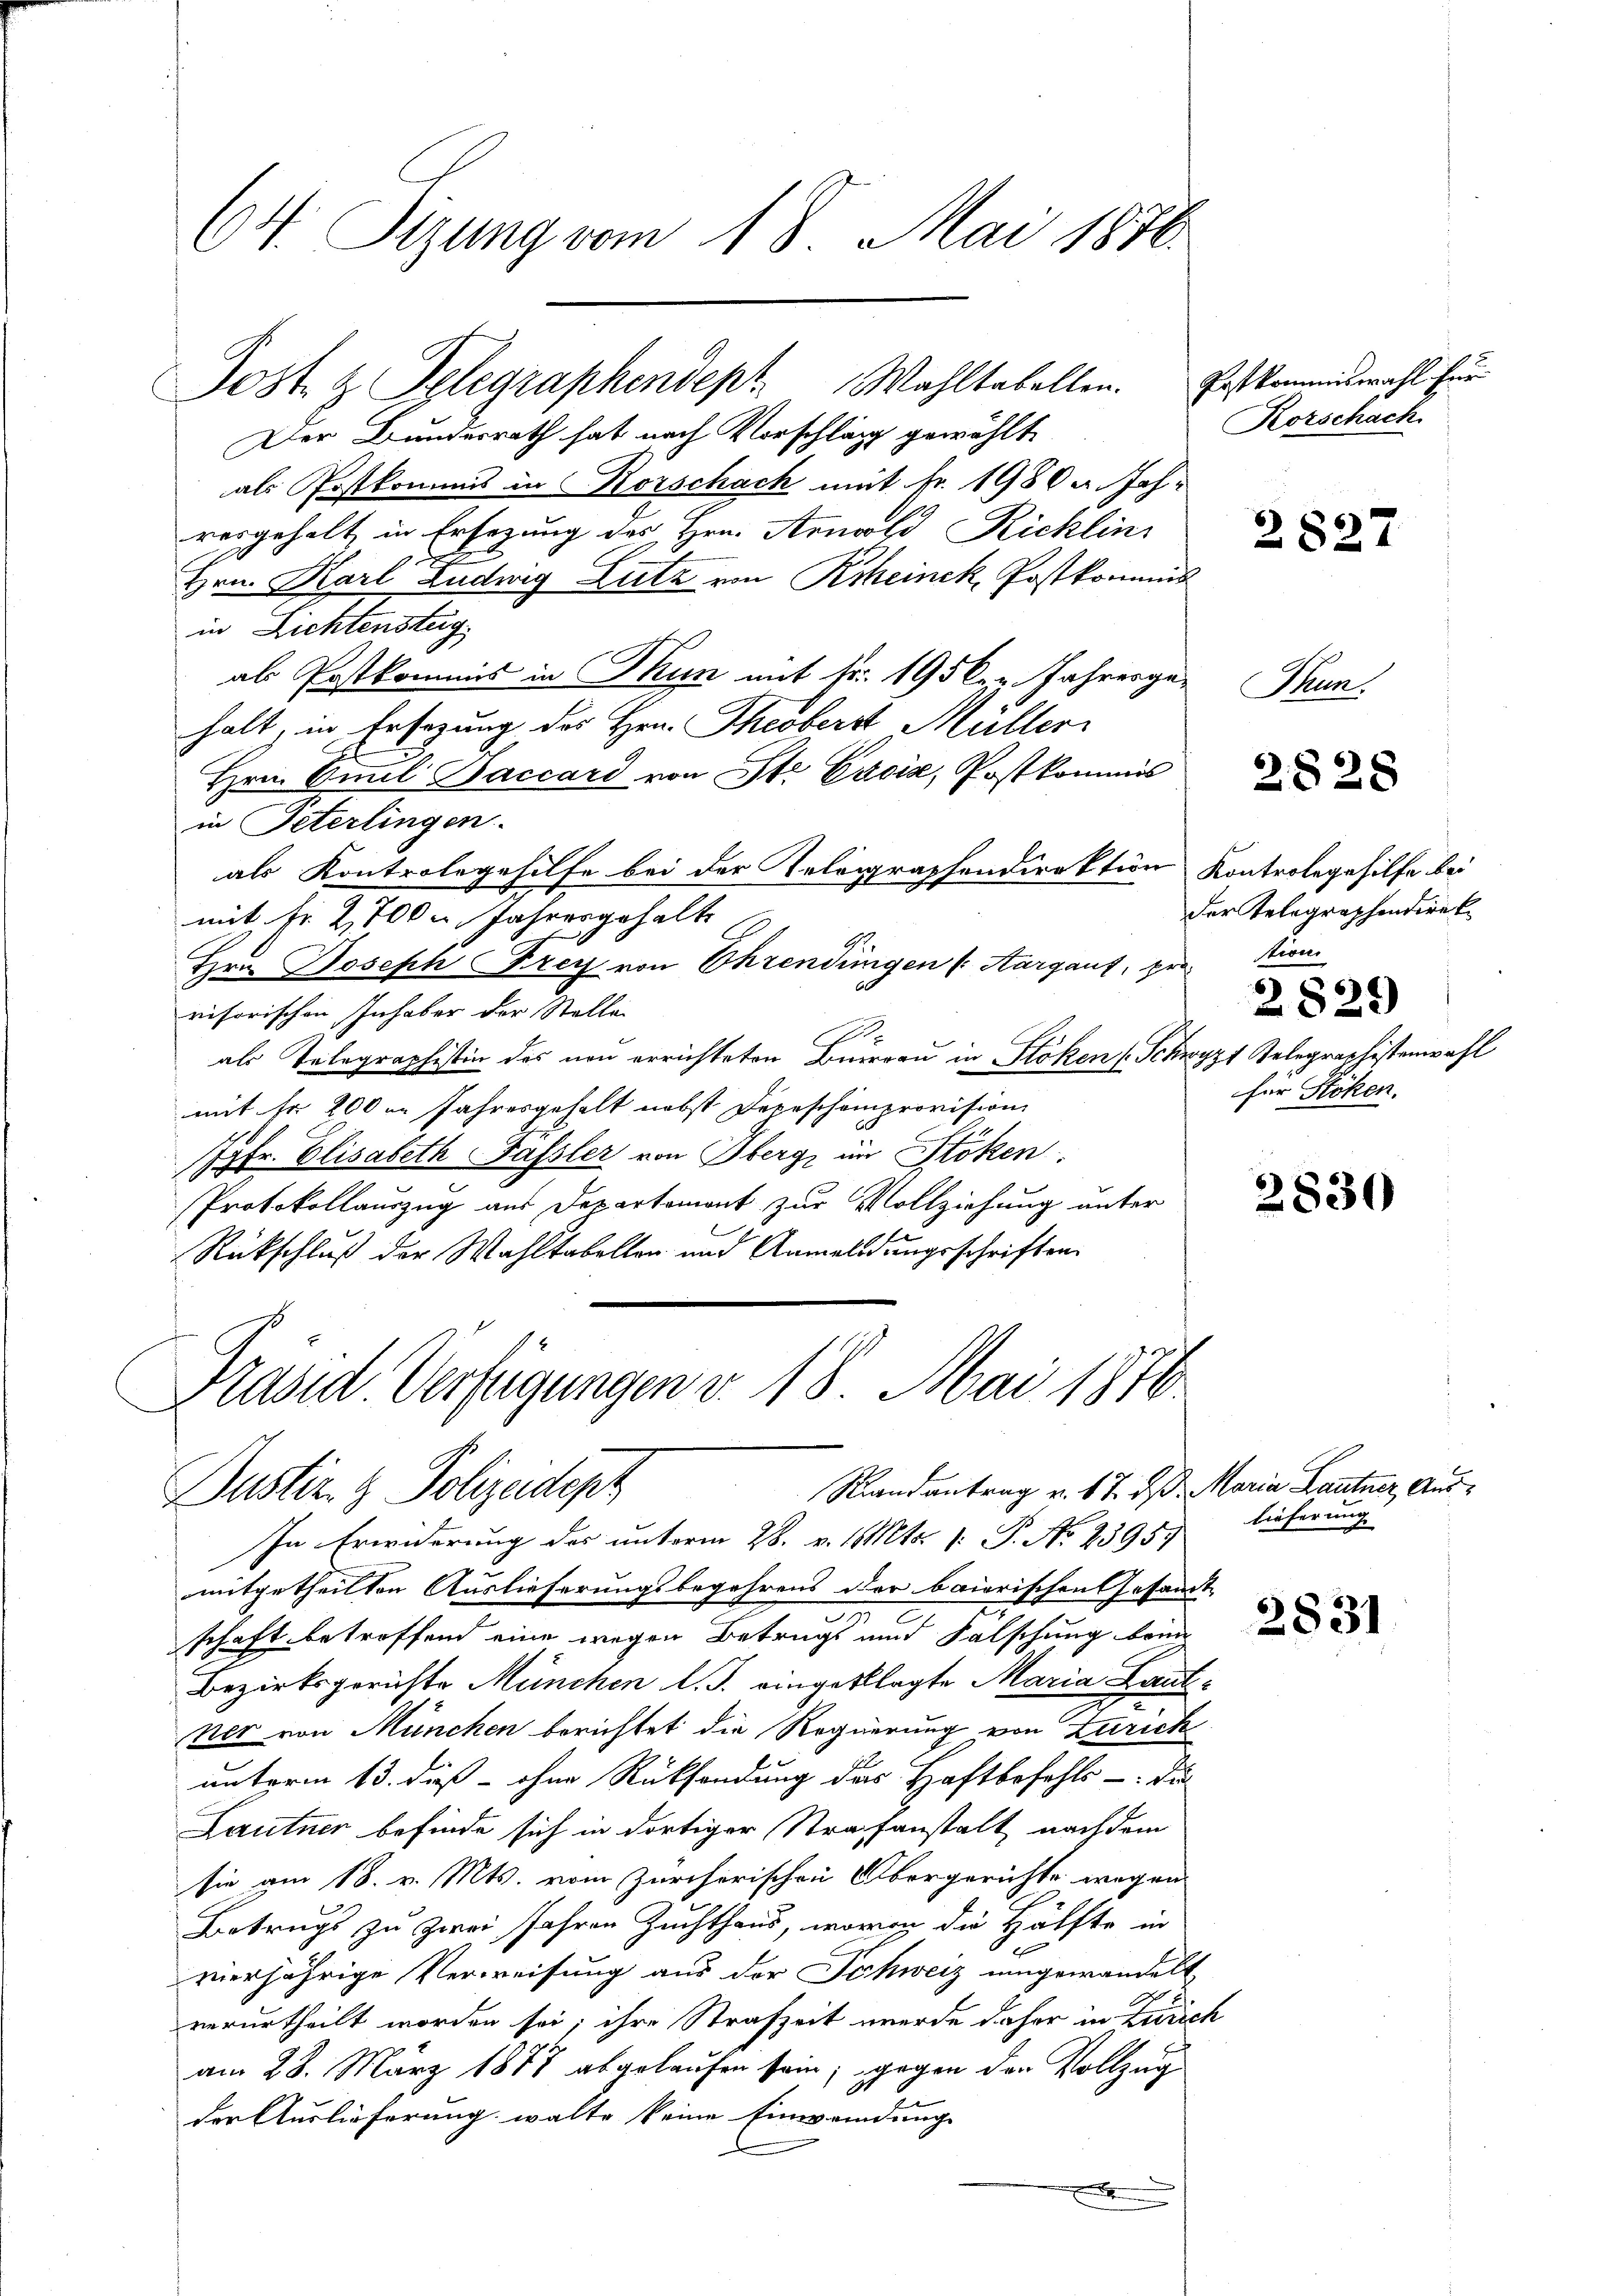
64. Sizung vom 18. Mai 1876.

Post- & Gelegraphendept. Wahltabellen. Postkommiswahl für

Der Bundesrath hat nach Vorschläg gewählt
als Postkommis in Korschach mit Nr. 1980 u. Jahvergehalt in Ersezung des Hrn. Arnold Richlin
Hrn. Karl Ludwig Lutz von Rheinek, Postkommis
in Lichtensteig
als Postkommis in Thun mit fr. 195 l. z. Jahresgehalt, in Ersezung des Hrn. Theoberst Müller
Hrn. Emil Baccard von St. Casis, Postkommis
in Peterlingen.
als Kontrolegehilfe bei der Telegraphendirektion Kontroleghilfe bei
mit fr. 2,700 u. Jahresgehalt
Hrn. Joseph Frey von Ehrendungen (Aargaut, pro
visorischen Inhaber der Stelle
als Telegraphistin des neu errichteten Burgau in Stoken (Schwyzt Gelegraelistenwahl
mit fr 200 in Jahresgehalt nebst Depescheinprovision
Jgfr. Elisabeth Fassler von Oberg im Stöken.
Protokollauszug aus Departemont zur Vollziehung unter
Rückschluß der Wahltabellen und Anmeldungsschriften
Präsid Verfügungen v. 18. Mai 1876

Randantrag v. 17. ds Maria Lantner Aus¬
Justiz- & Polizeidept

In Erwiderung des unterm 28. v. 1. Mts. 1. P. No 2395.
mitgetheilten Auslieferungsbegehrens der baierischen Gesandt
schaft betroffend eine wegen Betrugs und Falschung bring
Bezirksgerichte München l. J. eingeklagte Maria Laut¬
Ner von München berichtet die Regierung von Zürich
unterm 13. diß - ohne Rücksendung des Haftbefehls - die
Lautner befinde sich in dortiger Strafanstalt nachdem
sie am 18. v. Mts. vom Zürcherischen Obergerichte wegen
Betrugs zu zwei Jahren Zuchthaus, wovon die Hälfte in
vierjährige Verweisung aus der Schweiz umgewandelt
verurtheilt worden sei; ihre Strafzeit werde daher in Zürich
am 28. März 1877 abgelaufen sein; gegen den Vollzug
der Auslieferung walte keine Einwendung

Rorschach

Tun

der Telegraphendirek
stion

2827

2828

2829
für Stoken.

2830

lieferung

2831